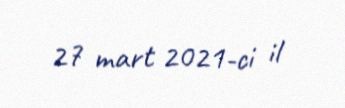
27 mart 2021-ci il